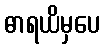
ဓာရယိမှပေ